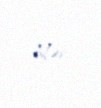
bilər.